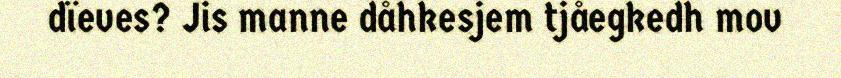
dïeves? Jis manne dåhkesjem tjåegkedh mov